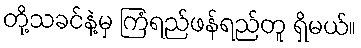
တို့သခင်နဲ့မှ ကြံရည်ဖန်ရည်တူ ရှိမယ်။